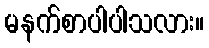
မနက်စာပါပါသလား။